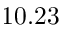
1 0 . 2 3